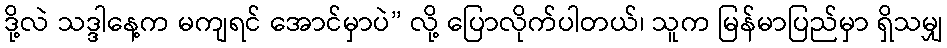
ဒို့လဲ သဒ္ဒါနေ့က မကျရင် အောင်မှာပဲ” လို့ ပြောလိုက်ပါတယ်၊ သူက မြန်မာပြည်မှာ ရှိသမျှ